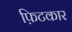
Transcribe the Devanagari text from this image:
फ़िटकार